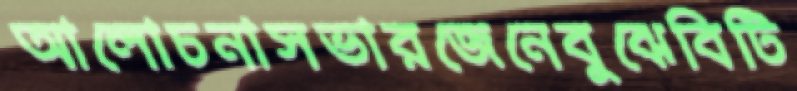
আলোচনাসভারজেনেবুঝেবিটি